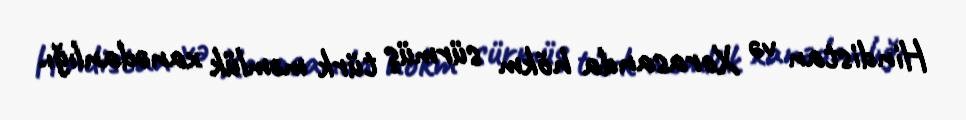
Hindistan və Xorasanda hökm sürmüş türk məmlük xanədanlığı.